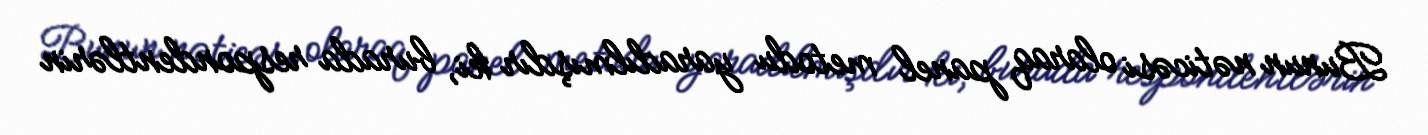
Bunun nəticəsi olaraq panel metodu yaradılmışdır ki, burada respondentlərin